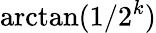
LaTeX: \arctan(1/2^{k})